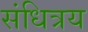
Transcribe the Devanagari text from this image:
संधित्रय